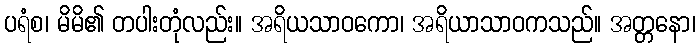
ပရံစ၊ မိမိ၏ တပါးတုံလည်း။ အရိယသာဝကော၊ အရိယာသာဝကသည်။ အတ္တနော၊